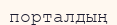
порталдың